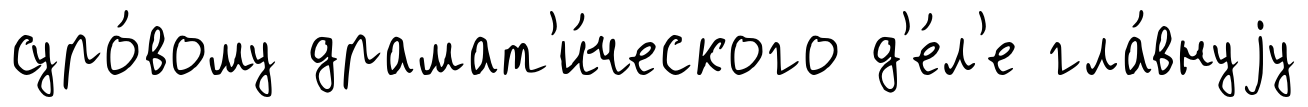
суро́вому драмат'и́ческого д'е́л'е гла́внуjу